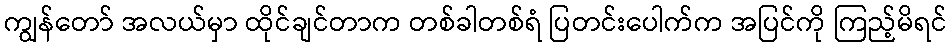
ကျွန်တော် အလယ်မှာ ထိုင်ချင်တာက တစ်ခါတစ်ရံ ပြတင်းပေါက်က အပြင်ကို ကြည့်မိရင်